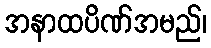
အနာထပိဏ်အမည်၊